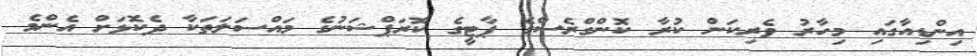
އިންޑިއާގައި މިހާރު ވެރިކަން ކުރާ ކޮންގްރެސްގެ ޕާޓީގެ ކޮރަޕްޝަނުގެ މައްސަލަތަކާ ދެކޮޅަށް އެންމެ